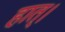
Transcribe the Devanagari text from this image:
हात्।